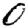
Digit: 0